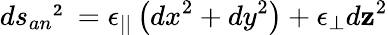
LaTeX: ds_{an}²=\epsilon_{||}\left(dx^{2}+dy^{2}\right)+\epsilon_{\perp}d\mathbf{z}^{2}